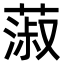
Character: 蔋